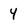
Character: 4